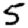
Digit: 5